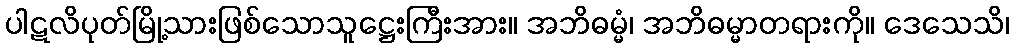
ပါဋလိပုတ်မြို့သားဖြစ်သောသူဋ္ဌေးကြီးအား။ အဘိဓမ္မံ၊ အဘိဓမ္မာတရားကို။ ဒေသေသိ၊